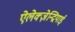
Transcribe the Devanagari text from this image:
ऐलेक्ज़ेन्द्रियाई